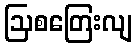
ဩစတြေးလျ